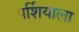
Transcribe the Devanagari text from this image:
पर्शियाला